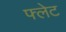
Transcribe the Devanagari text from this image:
फ्लेट